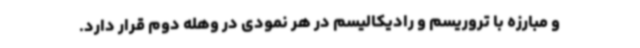
و مبارزه با تروریسم و رادیکالیسم در هر نمودی در وهله دوم قرار دارد.